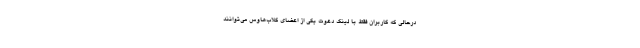
درحالی که کاربران فقط با لینک دعوت یکی‌ از اعضای کلاب‌هاوس می‌توانند